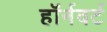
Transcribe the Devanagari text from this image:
हॉर्नवर्ट